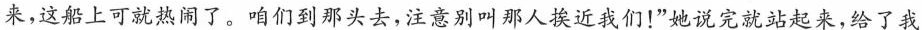
来，这船上可就热闹了。咱们到那头去，注意别叫那人挨近我们！”她说完就站起来，给了我